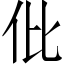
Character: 仳